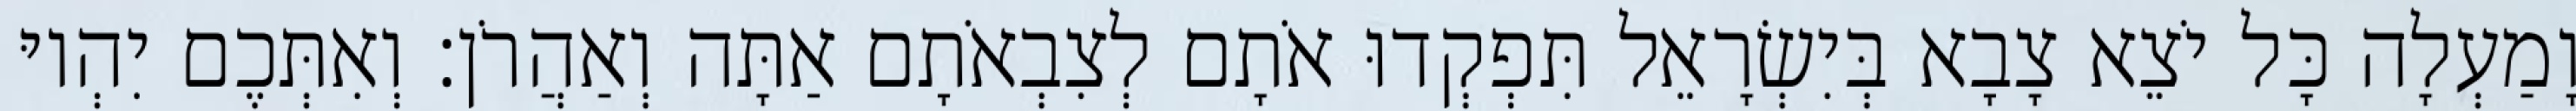
וָמַעְלָה כָּל יֹצֵא צָבָא בְּיִשְׂרָאֵל תִּפְקְדוּ אֹתָם לְצִבְאֹתָם אַתָּה וְאַהֲרֹן׃ וְאִתְּכֶם יִהְיוּ